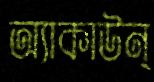
অ্যাকাউন্